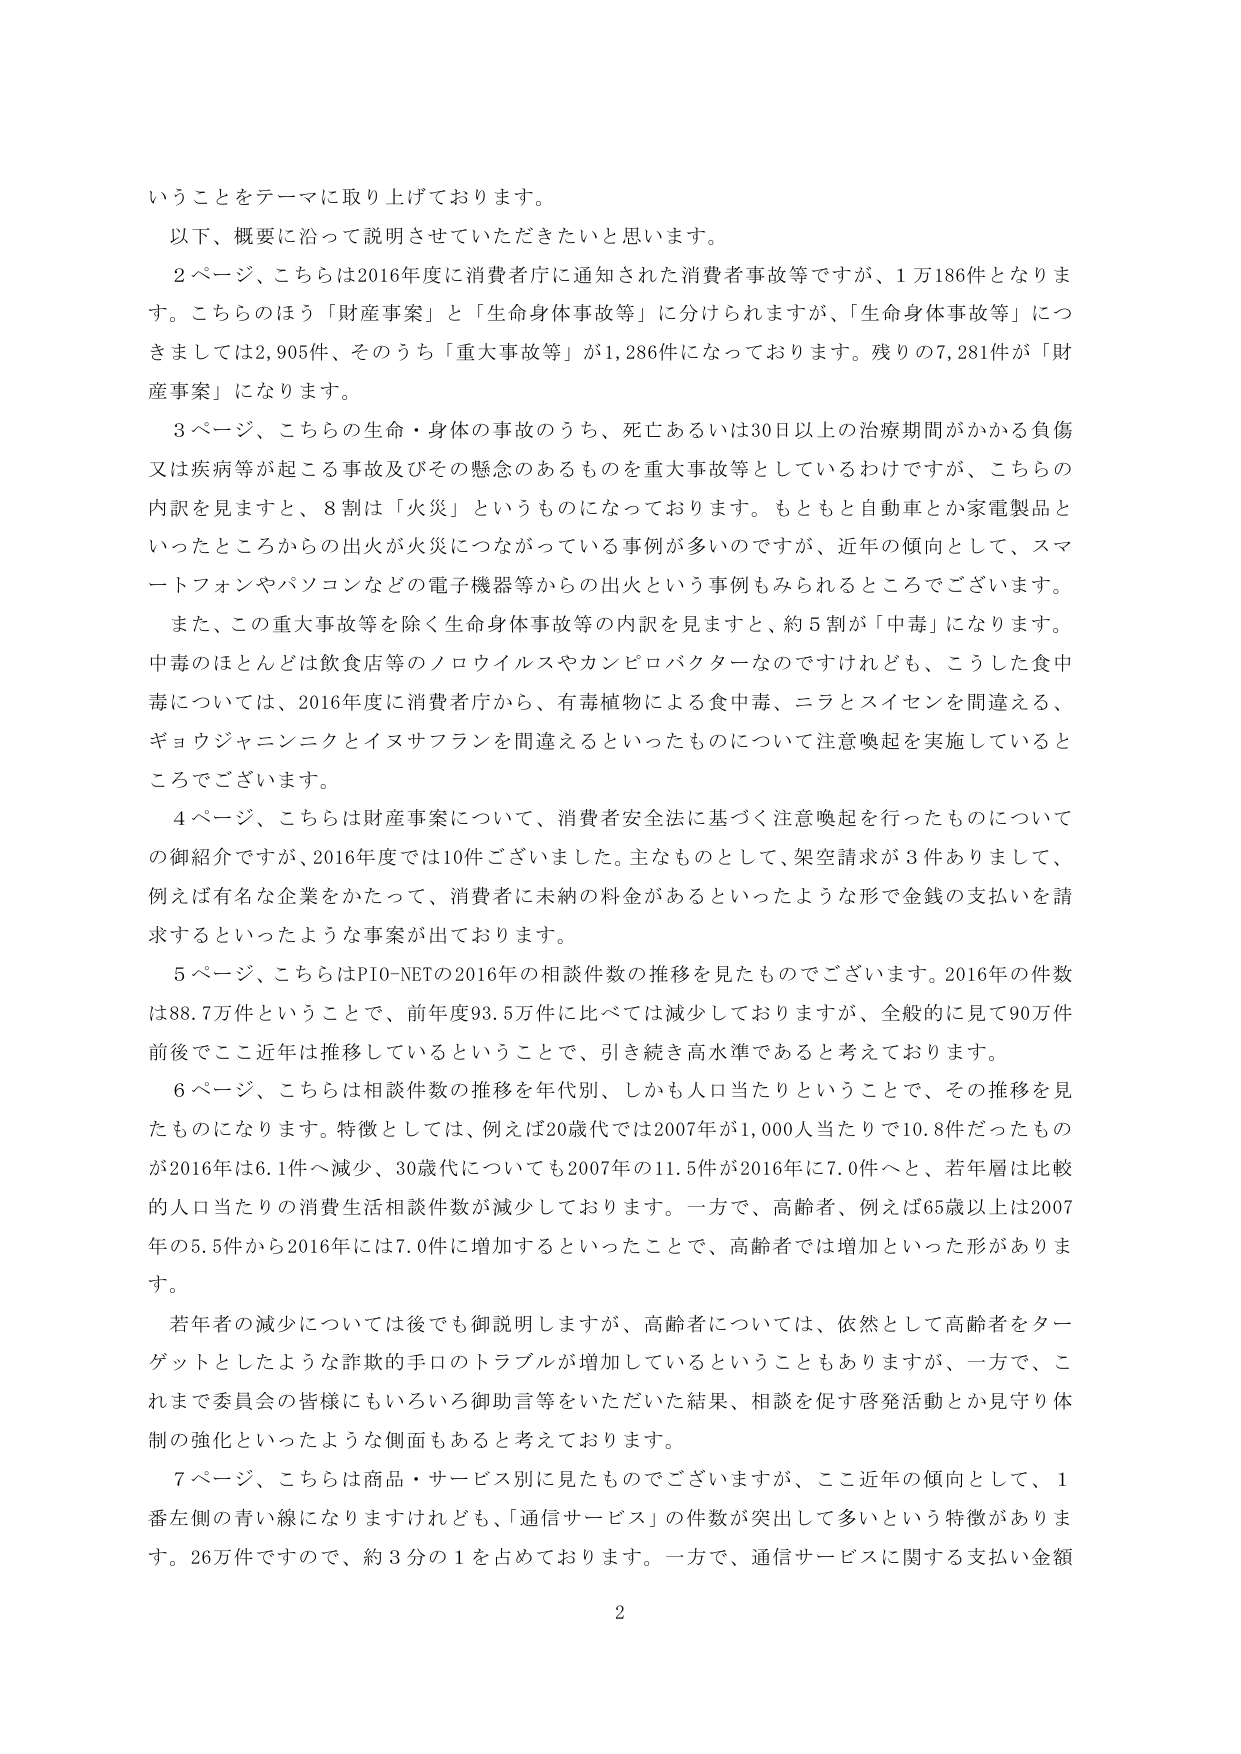
いうことをテーマに取り上げております。

以下、概要に沿って説明させていただきたいと思います。

２ページ、こちらは2016年度に消費者庁に通知された消費者事故等ですが、1万186件となります。こちらのほう「財産事案」と「生命身体事故等」に分けられますますが、「生命身体事故等」につきましては2,905件、そのうち「重大事故等」が1,286件となっております。残りの7,281件が「財産事案」になります。

３ページ、こちらの生命・身体の事故のうち、死亡あるいは30日以上の治療期間がかかる負傷又は疾病等が起こる事故及びその懸念のあるものを重大事故等としているわけですが、こちらの内訳を見ますと、8割が「火災」というものになっております。もともと自動車とか家電製品といったところからの出火が火災につながっている事例が多いのですが、近年の傾向として、スマートフォンやパソコンなどの電子機器等からの出火という事例もみられるところでございます。

また、この重大事故等を除く生命身体事故等の内訳を見ますと、約5割が「中毒」になります。中毒のほとんどは飲食店等のノロウイルスやカンピロバクターなのですが、こうした食中毒については、2016年度に消費者庁から、有毒植物による食中毒、ニラとスイセンを間違える、ギョウジャニンニクとイヌサフランを間違えるといったものについて注意喚起を実施しているところでございます。

４ページ、こちらは財産事案について、消費者安全法に基づく注意喚起を行ったものについての御紹介ですが、2016年度では10件ございました。主なものとして、架空請求が3件ありまして、例えば有名な企業をかたって、消費者に未納の料金があるといったような形で金銭の支払いを請求するといったような事案が出ております。

５ページ、こちらはPIO-NETの2016年の相談件数の推移を見たものでございます。2016年の件数は88.7万件ということで、前年度93.5万件に比べては減少しておりますが、全般的に見て90万件前後でここ近年は推移しているということで、引き続き高水準であると考えております。

６ページ、こちらは相談件数の推移を年代別、しかも人口当たりということで、その推移を見たものになります。特徴としては、例えば20歳代では2007年が1,000人当たりで10.8件だったものが2016年は6.1件へ減少、30歳代についても2007年の11.5件が2016年に7.0件へと、若年層は比較的人口当たりの消費生活相談件数が減少しております。一方で、高齢者、例えば65歳以上は2007年の5.5件から2016年には7.0件に増加するといったことで、高齢者では増加といった形があります。

若年者の減少については後でも御説明しますが、高齢者については、依然として高齢者をターゲットとしたような詐欺的手口のトラブルが増加しているということもありますますが、一方で、これまで委員会の皆様にもいろいろ御助言等をいただいた結果、相談を促す啓発活動とか見守り体制の強化といったような側面もあると考えております。

７ページ、こちらは商品・サービス別に見たものでございますが、ここ近年の傾向として、1番左側の青い線になりますけれども、「通信サービス」の件数が突出して多いという特徴があります。26万件ですので、約3分の1を占めております。一方で、通信サービスに関する支払い金額

2